Indian journal of veterinary science and animal husbandry - Volume 10,
Year: 1940
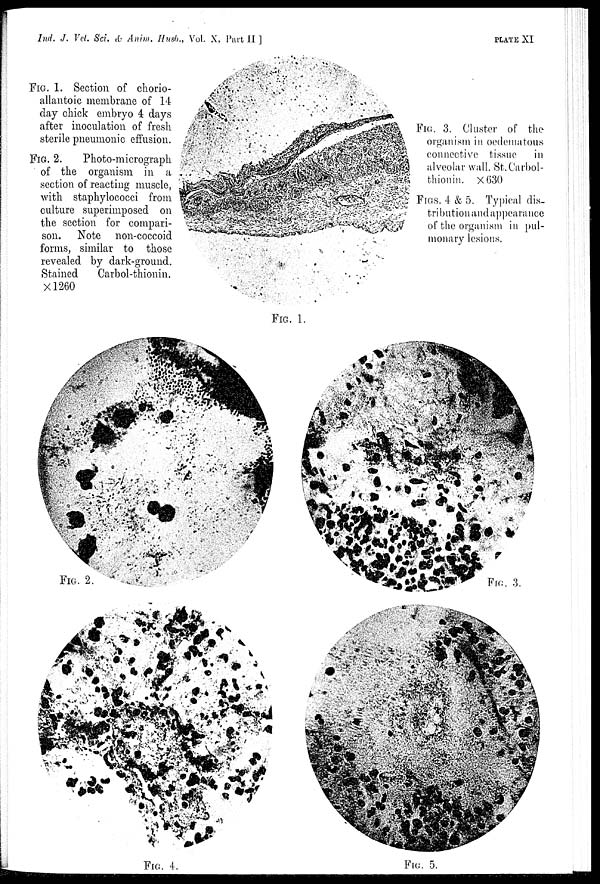
Ind. J. Vet. Sci. & Anim. Husb., Vol. X, Part II ]
PLATE
XI
FIG. 1.
FIG. 2.
FIG. 3.
FIG. 4.
FIG. 5.
FIG. 1. Section of chorio-
allantoic membrane of 14
day chick embryo 4 days
after inoculation of fresh
sterile pneumonic effusion.
FIG. 2.
Photo-micrograph
of the organism in a
section of reacting muscle,
with staphylococci from
culture superimposed on
the section for compari-
son. Note non-coccoid
forms, similar to those
revealed by dark-ground.
Stained
Carbol-thionin.
×1260
FIG. 3. Cluster of the
organism in oedematons
connective tissue in
alveolar wall. St. Carbol-
thionin. ×630
FIG. 4 & 5. Typical dis-
tribution and appearance
of the organism in pul-
monary lesions.